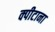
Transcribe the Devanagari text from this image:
क्पीटाना